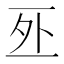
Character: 𠄨